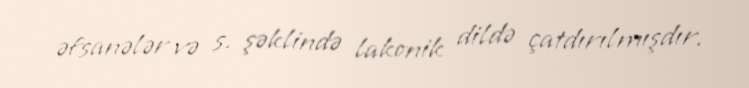
əfsanələr və s. şəklində lakonik dildə çatdırılmışdır.